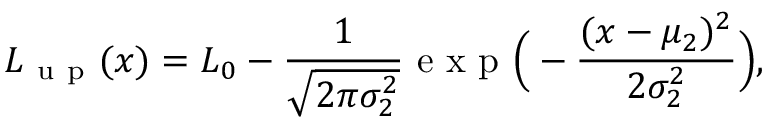
L _ { \mathrm { ~ u ~ p ~ } } ( x ) = L _ { 0 } - \frac { 1 } { \sqrt { 2 \pi \sigma _ { 2 } ^ { 2 } } } \textrm { e x p } \Big ( - \frac { ( x - \mu _ { 2 } ) ^ { 2 } } { 2 \sigma _ { 2 } ^ { 2 } } \Big ) ,